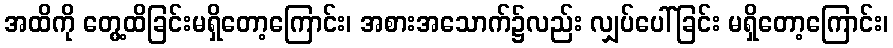
အထိကို တွေ့ထိခြင်းမရှိတော့ကြောင်း၊ အစားအသောက်၌လည်း လျှပ်ပေါ်ခြင်း မရှိတော့ကြောင်း၊